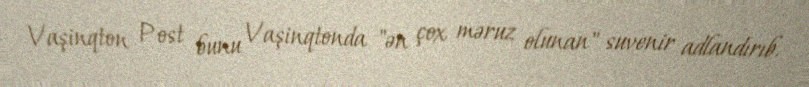
Vaşinqton Post bunu Vaşinqtonda "ən çox məruz olunan" suvenir adlandırıb.